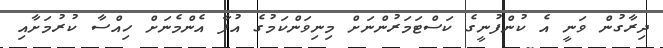
ދިރާގުން ވަނީ އެ ކުންފުނީގެ ކަސްޓަމަރުންނަށް މިނިވަންކަމުގެ އުފާ އެންމެނަށް ހިއްސާ ކުރުމަށާއި